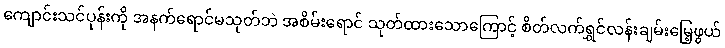
ကျောင်းသင်ပုန်းကို အနက်ရောင်မသုတ်ဘဲ အစိမ်းရောင် သုတ်ထားသောကြောင့် စိတ်လက်ရွှင်လန်းချမ်းမြေ့ဖွယ်